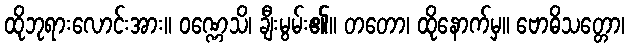
ထိုဘုရားလောင်းအား။ ဝဏ္ဏေသိ၊ ချီးမွမ်း၏။ တတော၊ ထိုနောက်မှ။ ဗောဓိသတ္တော၊